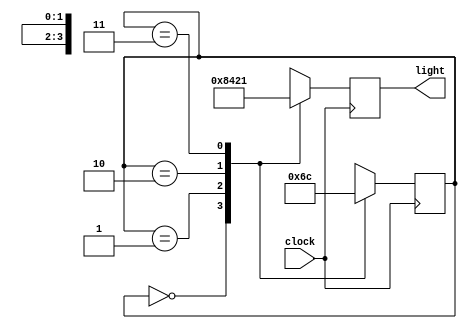
// Moore machine - output depends only on the present state of the machine. 

module cyclic_lamp(clock,light);
input clock;
output reg [0:3] light;          
parameter S0=0, S1=1, S2=2,S3=3;         // easier to refer in case statement
parameter RED=4'b1000, GREEN=4'b0100, YELLOW=4'b0010, BLUE=4'b0001;
reg [0:1] state; // The machine state. if bits are 00 its binary is 0 which is parameter S0, 01 binary 1 which is S1...

always@(posedge clock)
case (state)
    S0: begin
        light <= RED; state <= S1;
    end 
    S1: begin
        light <= GREEN; state <= S2;
    end
    S2: begin
        light <= YELLOW; state <= S3;
    end
    S3: begin
        light <= BLUE; state <= S0;
    end
    default: begin
        light <= RED; state <= S0;
    end
endcase
endmodule

/*  Above design will create 6 Flip flops - 2 for state and 4 for light. The output lines are also being stored in flipflops since we have used nonblocking assignments triggered by clock edge.
Actually we do not need seperate flip flops for the output since the outputs can be directly generated from the state. 
We can do this by making all assignments to light in a seperate 'always' block and using blocking assignment triggered by state change and not by clock. Not by clock because synthesizer will assume we are trying to do something with registers in sync with clock.
This design is in the lamp2 folder

 module cyclic_lamp(clock,light);
input clock;
output reg [0:3] light;          
parameter S0=0, S1=1, S2=2,S3=3;         
parameter RED=4'b1000, GREEN=4'b0100, YELLOW=4'b0010, BLUE=4'b0001;
reg [0:1] state; 

always@(posedge clock)
case (state)
    S0:  state <= S1;
    S1:  state <= S2;
    S2:  state <= S3;
    S3:  state <= S0;
default: state <= S0; 
endcase

always@(state)
case (state)
 S0:light = RED;
 S1:light = GREEN;
 S2:light = YELLOW;
 S3:light = BLUE;
endcase
endmodule

The synthesis tool will generate only 2 flipflops for the first clock triggered always block. 
The second always block will be generating a combinational circuit that takes state as input and light as output

state(s1s0)  light(R G Y B)
S0:00              1 0 0 0 
S1:01              0 1 0 0
S2:10              0 0 1 0
S3:11              0 0 0 1

Logic expression after minimization - R-'s1's0, G-s0, Y- s1, b- s1s0
*/